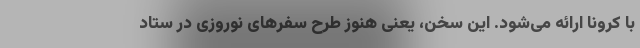
با کرونا ارائه می‌شود. این سخن، یعنی هنوز طرح سفرهای نوروزی در ستاد